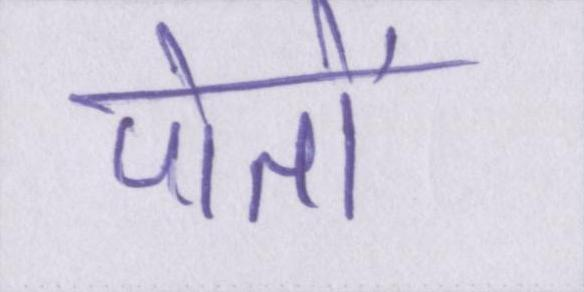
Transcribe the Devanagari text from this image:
पोतों